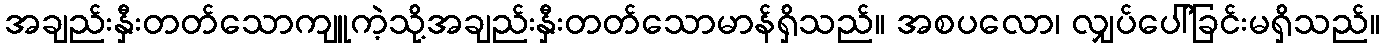
အချည်းနှီးတတ်သောကျူကဲ့သို့အချည်းနှီးတတ်သောမာန်ရှိသည်။ အစပလော၊ လျှပ်ပေါ်ခြင်းမရှိသည်။